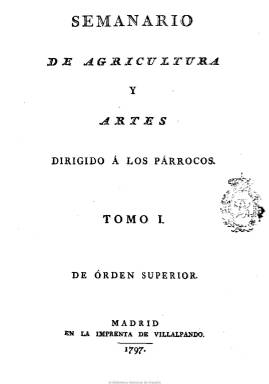
Título: Semanario de agricultura y artes dirigido a los párrocos
Colección: Revistas de información general || Agricultura y ganadería
Ámbito geográfico: Madrid
Lugar de publicación: Madrid
Fechas: 01/01/1797-23/06/1808

Primer periódico español dedicado exclusivamente a la agricultura y uno de los más importantes de contenido económico y científico de su época, promovido por el primer secretario de Estado Manuel Godoy (1767-1851) como una de sus iniciativas ilustradas y como instrumento de su política agraria. Ha sido considerado como un órgano de prensa semioficial y sus promotores fueron Juan Bautista Virio, Domingo García Hernández y Juan Antonio Melón (1758-1843). Este clérigo, naturalista y afrancesado, acusado de volteriano por Menéndez Pelayo, será su primer director, desde la salida del periódico, en enero de 1797, hasta finales de 1804, pues al comenzar el siguiente año su edición pasará a depender del Real Jardín Botánico de Madrid, siendo a partir de entonces sus principales responsables y redactores, el director de esta institución, Francisco Antonio Zea, y los también botánicos Simón de Rojas Clemente y los hermanos Claudio y Esteban Boutelou, colaborando, entre otros, el veterinario Agustín Pascual, así como más de un centenar, entre laicos y clérigos, que lo hicieron como “corresponsales” enviando “cartas” a los editores.

El objetivo de la publicación, que aparecerá ininterrumpidamente cada jueves hasta su desaparición el 23 de junio de 1808, en entregas, generalmente, de dieciséis páginas y con la inserción de una lámina en cada número, será el fomento y desarrollo agrícola y el de las artes, industrias y manufacturas anejas, recogiendo todas aquellas novedades que en España, y sobre todo en el extranjero, se producían para el adelanto de estas actividades económicas. Su propósito es que los párrocos rurales fueran quienes difundieran a los propietarios agrícolas y a los campesinos analfabetos, es decir, a los productores, los conocimientos agrícolas, aprovechando el relanzamiento de las publicaciones ilustradas impulsado por Godoy en un momento en el que las publicaciones de carácter económico en España alcanzan “plena madurez”, tal como señala María Dolores Sáiz. Llegó a tener una importante tirada que alcanzó los 3.000 ejemplares, y en 1805 contaba con 2.273 suscriptores entre la élite política y eclesiástica de un país que contaba todavía con unas estructuras feudales poco propicias a planteamientos renovadores.

Sus secciones más frecuentes son Agricultura, Economía doméstica, Plantíos, Artes, Libro y Carta a los editores, pero también contiene textos sobre jardines, huertas, bosques, riego, botánica, medicina doméstica, veterinaria, arquitectura rural o pesca y caza. Contiene artículos de divulgación de técnicas y promoción de cultivos y manufacturas, información sobre medidas profilácticas e higiénicas y da cabida en sus páginas a una problemática e ideas críticas y renovadoras. Para Fernando Pérez Rodríguez, quien llevó a cabo un primer estudio sobre el semanario, este es “un documento que refleja no sólo las contradicciones de la política agraria del momento sino la problemática real que se oponía a los intentos reformistas”.

Su colección completa la integran, además del prospecto, 599 números (el primero, sin fecha, debe corresponder al cinco de enero) que forman 23 tomos semestrales, con índices de palabras y materias y de autores y obras citadas en el último número de cada semestre (cada uno con paginación correlativa). Además del citado Pérez Rodríguez, Elisabel Larriba y Gérard Dufour han analizado desde distintos ángulos la importancia y vicisitudes de esta publicación y de quienes la hicieron posible.